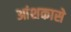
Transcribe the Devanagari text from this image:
आंशकासे